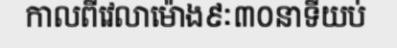
កាលពីវេលាម៉ោង៩ៈ៣០នាទីយប់